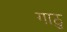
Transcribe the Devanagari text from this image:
गाठु